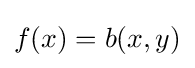
f(x)=b(x,y)